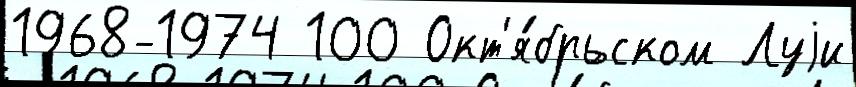
1968-1974 100 Окт'я́брьском Луjи